Scottish Leaving Certificate Examination, 1956
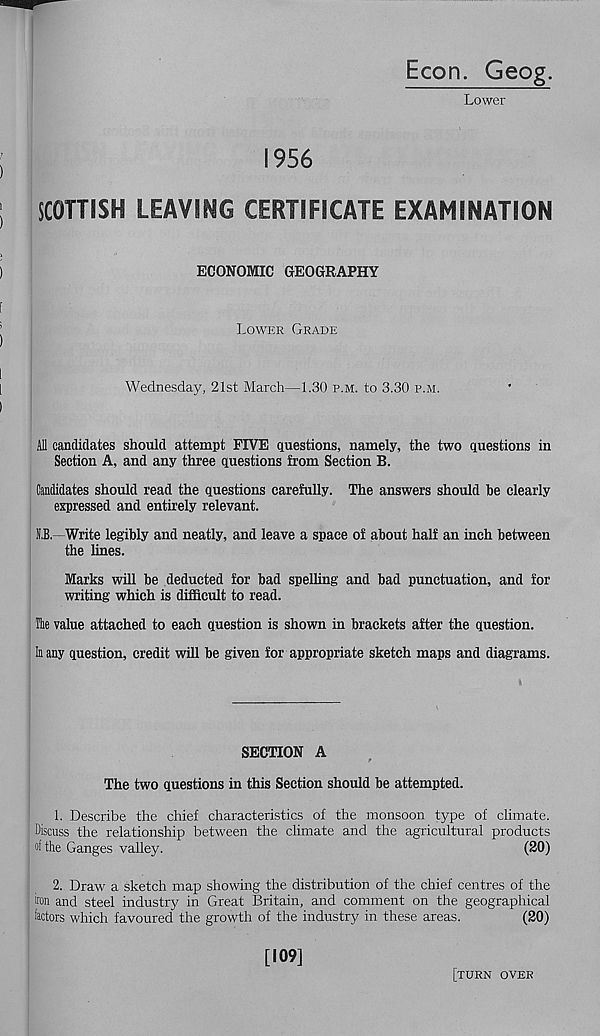
Econ. Geog.
Lower
1956
SCOTTISH LEAVING CERTIFICATE EXAMINATION
ECONOMIC GEOGRAPHY
Lower Grade
Wednesday, 21st March—1.30 p.m. to 3.30 p.m.
All candidates should attempt FIVE questions, namely, the two questions in
Section A, and any three questions from Section B.
Candidates should read the questions carefully. The answers should be clearly
expressed and entirely relevant.
!i,B. Write legibly and neatly, and leave a space of about half an inch between
the lines.
Marks will be deducted for bad spelling and bad punctuation, and for
writing which is difficult to read.
The value attached to each question is shown in brackets after the question.
In any question, credit will be given for appropriate sketch maps and diagrams.
SECTION A
The two questions in this Section should be attempted.
1. Describe the chief characteristics of the monsoon type of climate.
Discuss the relationship between the climate and the agricultural products
oi the Ganges valley.
(20)
2. Draw a sketch map showing the distribution of the chief centres of the
iron and steel industry in Great Britain, and comment on the geographical
factors which favoured the growth of the industry in these areas.
(20)
[109]
[turn over